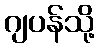
ဂျပန်သို့